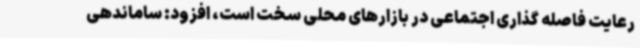
رعایت فاصله گذاری اجتماعی در بازارهای محلی سخت است، افزود: ساماندهی